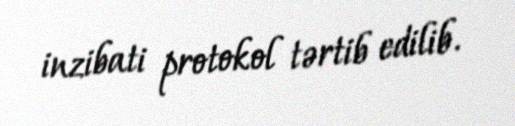
inzibati protokol tərtib edilib.